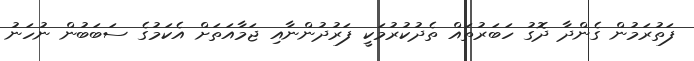
ފަތުރަމުން ގެންދާ ދޮގު ހަބަރުތައް ތެދުކުރުމަކީ ފަރުދުންނާއި ޖަމާއަތަށް އެކަމުގެ ސަބަބުން ނުހަނު